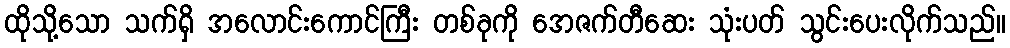
ထိုသို့သော သက်ရှိ အလောင်းကောင်ကြီး တစ်ခုကို အေဇက်တီဆေး သုံးပတ် သွင်းပေးလိုက်သည်။